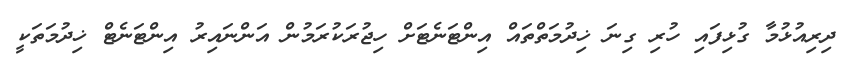
ދިރިއުޅުމާ ގުޅިފައި ހުރި ގިނަ ޚިދުމަތްތައް އިންޓަނެޓަށް ހިޖުރަކުރަމުން އަންނައިރު އިންޓަނެޓް ޚިދުމަތަކީ